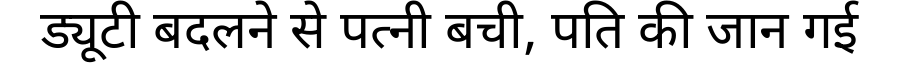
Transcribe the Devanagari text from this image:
ड्यूटी बदलने से पत्नी बची, पति की जान गई